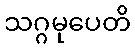
သဂ္ဂမုပေတိ